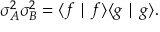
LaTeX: \sigma _ { A } ^ { 2 } \sigma _ { B } ^ { 2 } = \langle f \mid f \rangle \langle g \mid g \rangle .